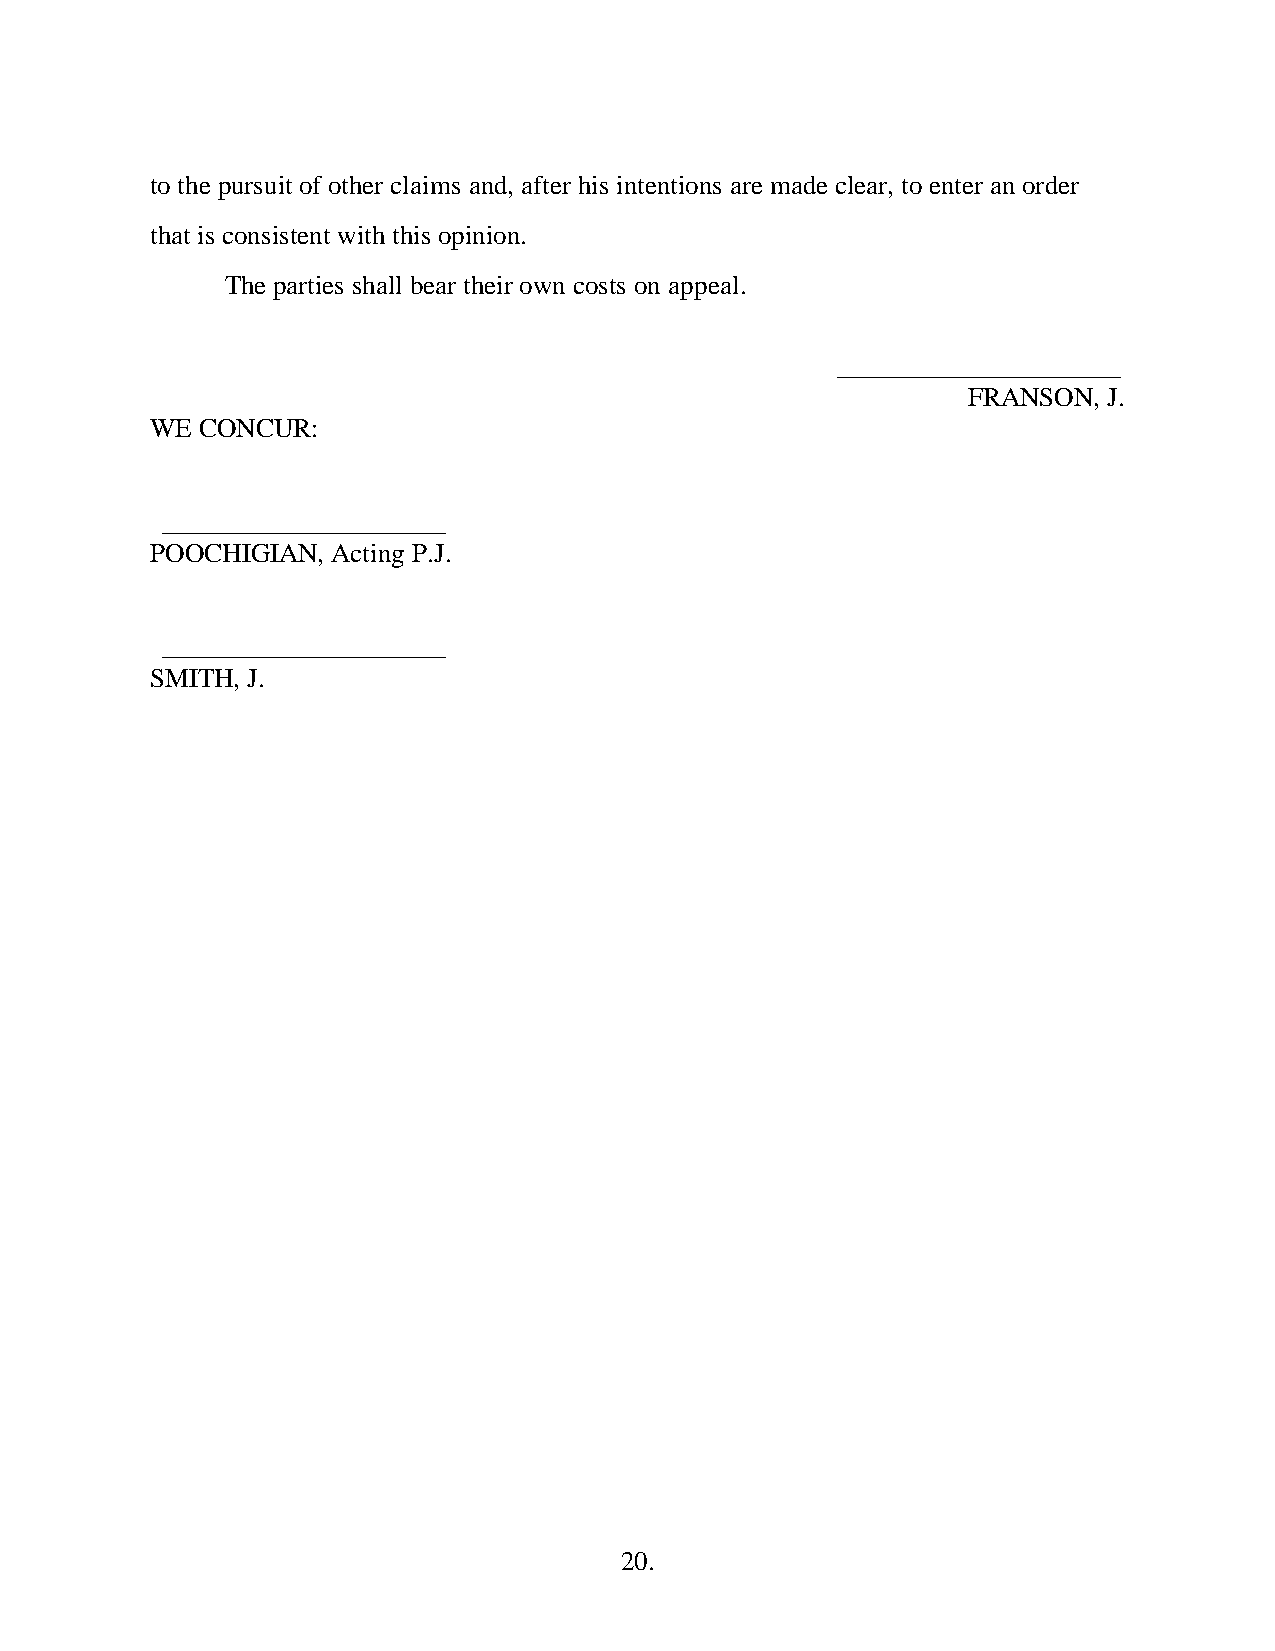
to the pursuit of other claims and, after his intentions are made clear, to enter an order
 that is consistent with this opinion.
 The parties shall bear their own costs on appeal.
 _____________________
 FRANSON, J.
 WE CONCUR:
 _____________________
 POOCHIGIAN, Acting P.J.
 _____________________
 SMITH, J.
 20.